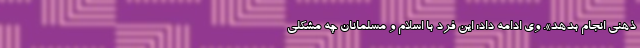
ذهنی انجام بدهد». وی ادامه داد: این فرد با اسلام و مسلمانان چه مشکلی